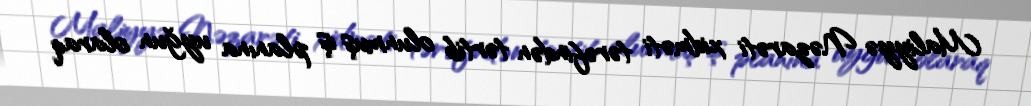
Maliyyə Nəzarəti xidməti tərəfindən tərtib olunmuş iş planına uyğun olaraq